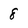
Character: 8